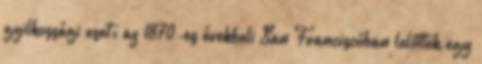
gyilkossági eset: az 1870-es évekbeli San Franciscóban lelőttek egy